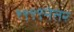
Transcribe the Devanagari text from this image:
१९९९नंतर